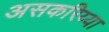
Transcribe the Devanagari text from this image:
असकरिय्या